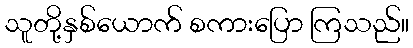
သူတို့နှစ်ယောက် စကားပြော ကြသည်။